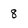
Character: 8